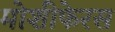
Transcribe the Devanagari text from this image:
मोशीफेरस